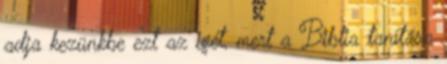
adja kezünkbe ezt az igét, mert a Biblia tanítása